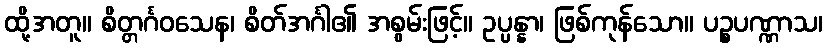
ထို့အတူ။ စိတ္တင်္ဂဝသေန၊ စိတ်အင်္ဂါ၏ အစွမ်းဖြင့်။ ဥပ္ပန္နာ၊ ဖြစ်ကုန်သော။ ပဉ္စပဏ္ဏာသ၊